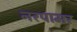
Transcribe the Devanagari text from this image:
नरपामर